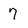
Character: 7